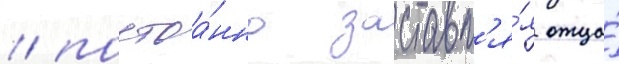
/ постоа́нно заставл'я́я отца́